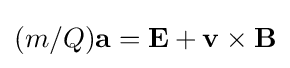
(m/Q)\mathbf {a} =\mathbf {E} +\mathbf {v} \times \mathbf {B}